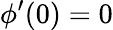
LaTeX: \phi^{\prime}(0)=0